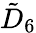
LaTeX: {\tilde{D}}_{6}